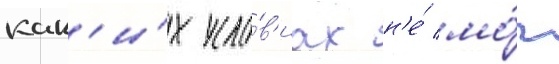
как'и́х усло́в'иах н'е́ мо́г